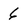
Character: 6